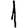
Digit: 1